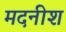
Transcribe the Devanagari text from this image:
मदनीश